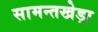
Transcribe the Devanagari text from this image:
सामन्तखेड़ा